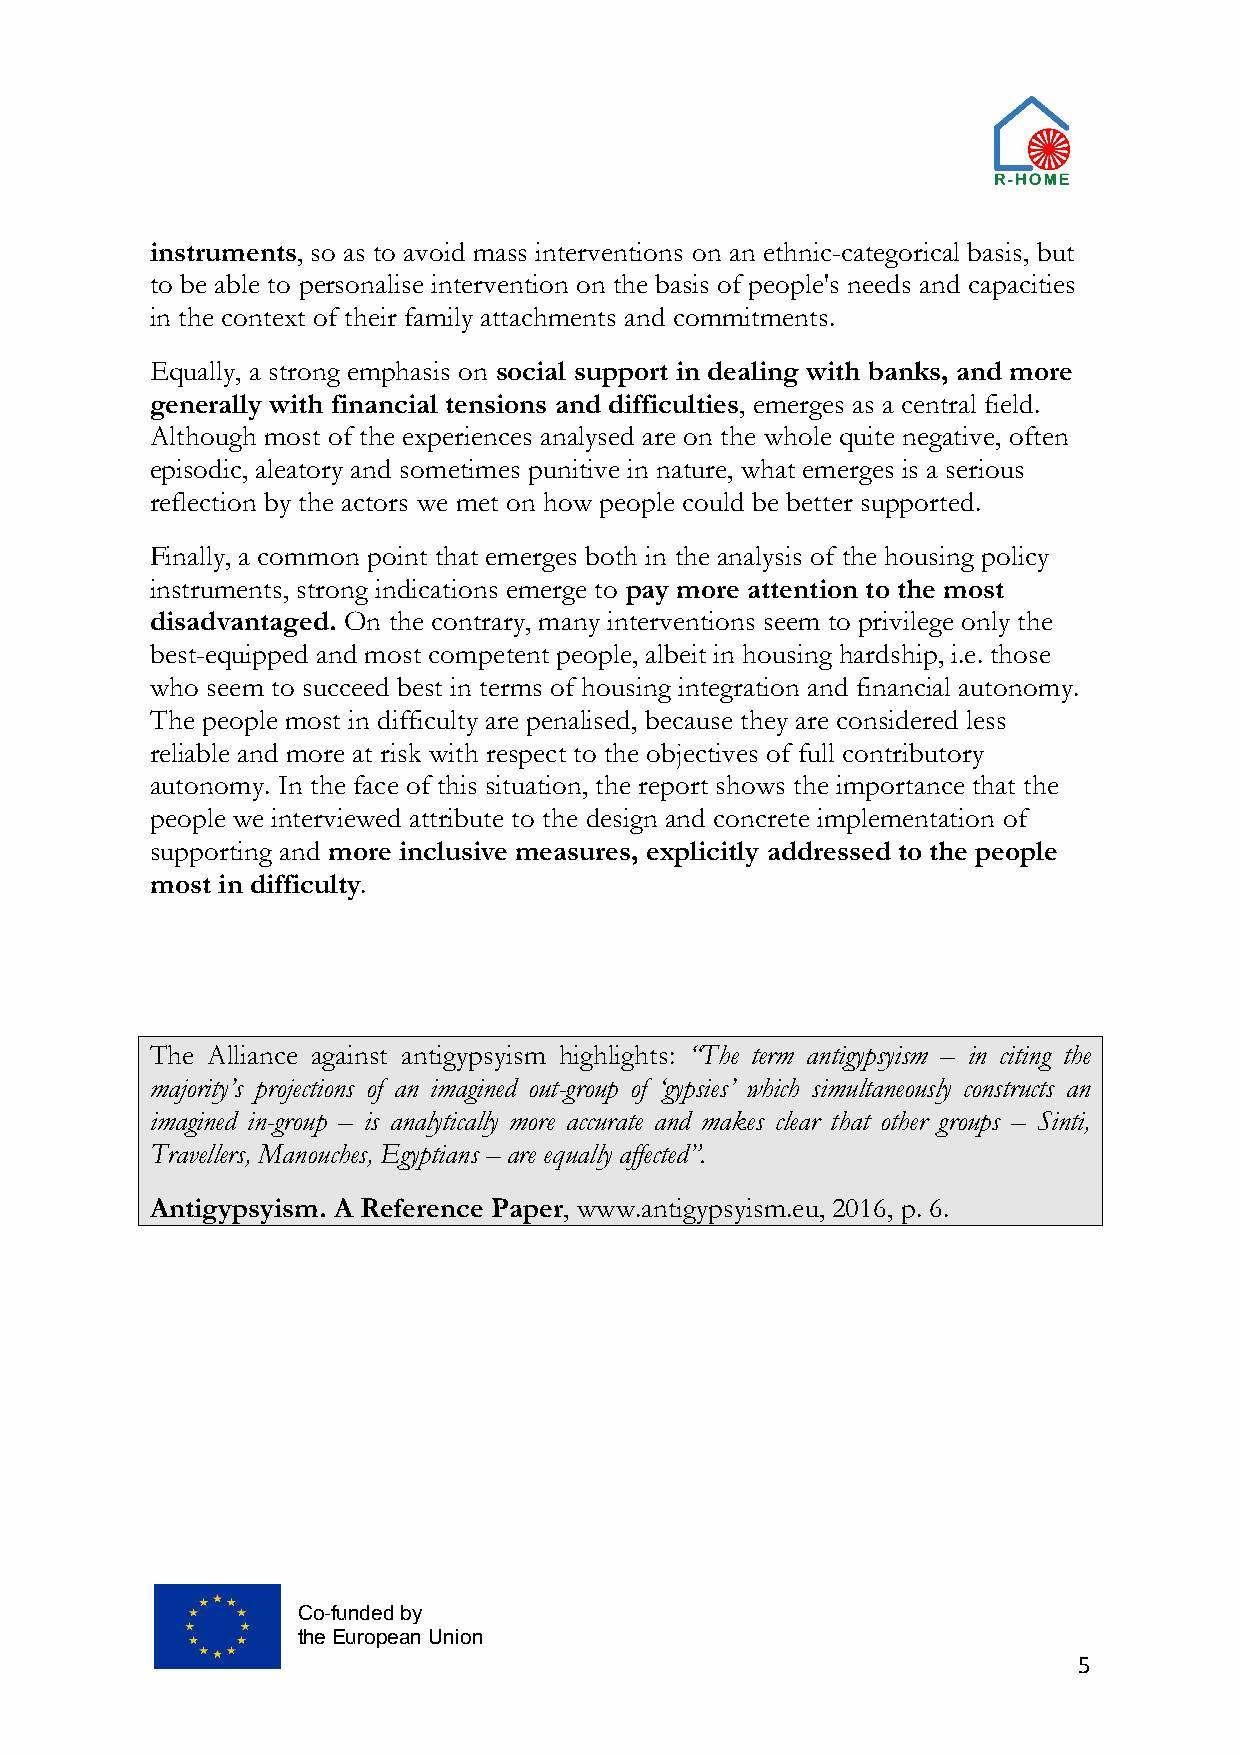
instruments, so as to avoid mass interventions on an ethnic-categorical basis, but
 to be able to personalise intervention on the basis of people's needs and capacities
 in the context of their family attachments and commitments.
 Equally, a strong emphasis on social support in dealing with banks, and more
 generally with financial tensions and difficulties, emerges as a central field.
 Although most of the experiences analysed are on the whole quite negative, often
 episodic, aleatory and sometimes punitive in nature, what emerges is a serious
 reflection by the actors we met on how people could be better supported.
 Finally, a common point that emerges both in the analysis of the housing policy
 instruments, strong indications emerge to pay more attention to the most
 disadvantaged. On the contrary, many interventions seem to privilege only the
 best-equipped and most competent people, albeit in housing hardship, i.e. those
 who seem to succeed best in terms of housing integration and financial autonomy.
 The people most in difficulty are penalised, because they are considered less
 reliable and more at risk with respect to the objectives of full contributory
 autonomy. In the face of this situation, the report shows the importance that the
 people we interviewed attribute to the design and concrete implementation of
 supporting and more inclusive measures, explicitly addressed to the people
 most in difficulty.
 The Alliance against antigypsyism highlights: “The term antigypsyism – in citing the
 majority’s projections of an imagined out-group of ‘gypsies’ which simultaneously constructs an
 imagined in-group – is analytically more accurate and makes clear that other groups – Sinti,
 Travellers, Manouches, Egyptians – are equally affected”.
 Antigypsyism. A Reference Paper, www.antigypsyism.eu, 2016, p. 6.
 Co-funded by
 the European Union
 5